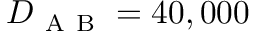
D _ { \mathrm { ~ A ~ B ~ } } = 4 0 , 0 0 0